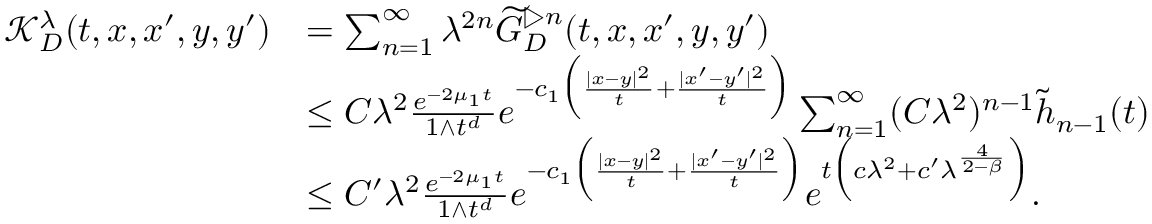
\begin{array} { r l } { \mathcal { K } _ { D } ^ { \lambda } ( t , x , x ^ { \prime } , y , y ^ { \prime } ) } & { = \sum _ { n = 1 } ^ { \infty } \lambda ^ { 2 n } \widetilde { G } _ { D } ^ { \triangleright n } ( t , x , x ^ { \prime } , y , y ^ { \prime } ) } \\ & { \le C \lambda ^ { 2 } \frac { e ^ { - 2 \mu _ { 1 } t } } { 1 \wedge t ^ { d } } e ^ { - c _ { 1 } \Big ( \frac { | x - y | ^ { 2 } } { t } + \frac { | x ^ { \prime } - y ^ { \prime } | ^ { 2 } } { t } \Big ) } \sum _ { n = 1 } ^ { \infty } ( C \lambda ^ { 2 } ) ^ { n - 1 } \widetilde { h } _ { n - 1 } ( t ) } \\ & { \le C ^ { \prime } \lambda ^ { 2 } \frac { e ^ { - 2 \mu _ { 1 } t } } { 1 \wedge t ^ { d } } e ^ { - c _ { 1 } \Big ( \frac { | x - y | ^ { 2 } } { t } + \frac { | x ^ { \prime } - y ^ { \prime } | ^ { 2 } } { t } \Big ) } e ^ { t \Big ( c \lambda ^ { 2 } + c ^ { \prime } \lambda ^ { \frac { 4 } { 2 - \beta } } \Big ) } . } \end{array}